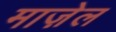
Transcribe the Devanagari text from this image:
माज़ेल